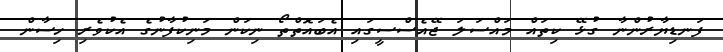
ފަނޑިޔާރުންނާ ގުޅޭ ކިތައް މައްސަލަ ޖޭއެސްސީގައި އެބައޮތްތޯ ނިކަން މަނިކުފާނުގެ އެކުވެރި ހިސާން